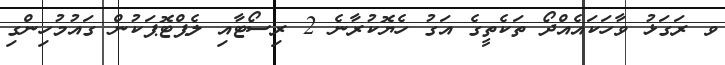
ވ ރަގަޅު ވާހަކައެއްދޯ ތަކެތީގެ އަގު ހެޔޮކުރާނެ 2 ރިސޯޓާއި ލެޕްޓޮޕަކުން ގައުމުހިންގި